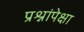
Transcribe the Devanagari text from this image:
प्रश्नांपेक्षा